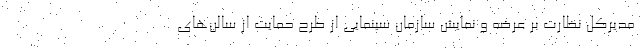
مدیرکل نظارت بر عرضه و نمایش سازمان سینمایی از طرح حمایت از سالن‌های